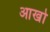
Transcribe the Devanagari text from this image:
आखो